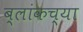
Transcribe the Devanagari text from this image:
ब्लांकच्या